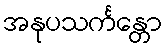
အနုပသင်္ကန္တော